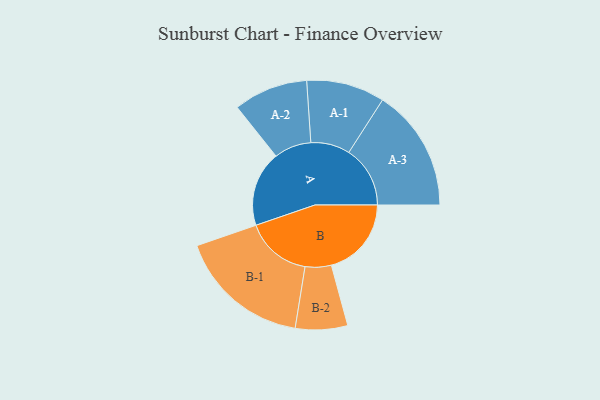
{"axis": {"x": "Segment", "y": "Value"}, "legend": ["", "A", "B"], "data": [{"x": "A", "y": 306, "type": ""}, {"x": "B", "y": 325, "type": ""}, {"x": "A-1", "y": 159, "type": "A"}, {"x": "A-2", "y": 151, "type": "A"}, {"x": "A-3", "y": 249, "type": "A"}, {"x": "B-1", "y": 269, "type": "B"}, {"x": "B-2", "y": 106, "type": "B"}]}